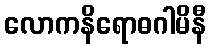
လောကနိရောဓဂါမိနီ